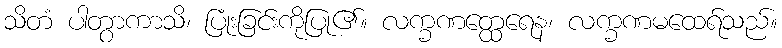
သိတံ ပါတွာကာသိ၊ ပြုံးခြင်းကိုပြု၏။ လက္ခဏတ္ထေရေန၊ လက္ခဏမထေရ်သည်။